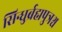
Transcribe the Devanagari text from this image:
सिन्धुर्ब्रह्मपुत्रश्च